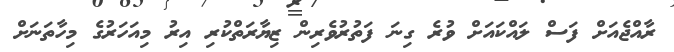
ރާއްޖެއަށް ފަސް ލައްކައަށް ވުރެ ގިނަ ފަތުރުވެރިން ޒިޔާރަތްކުރި އިރު މިއަހަރުގެ މިހާތަނަށް